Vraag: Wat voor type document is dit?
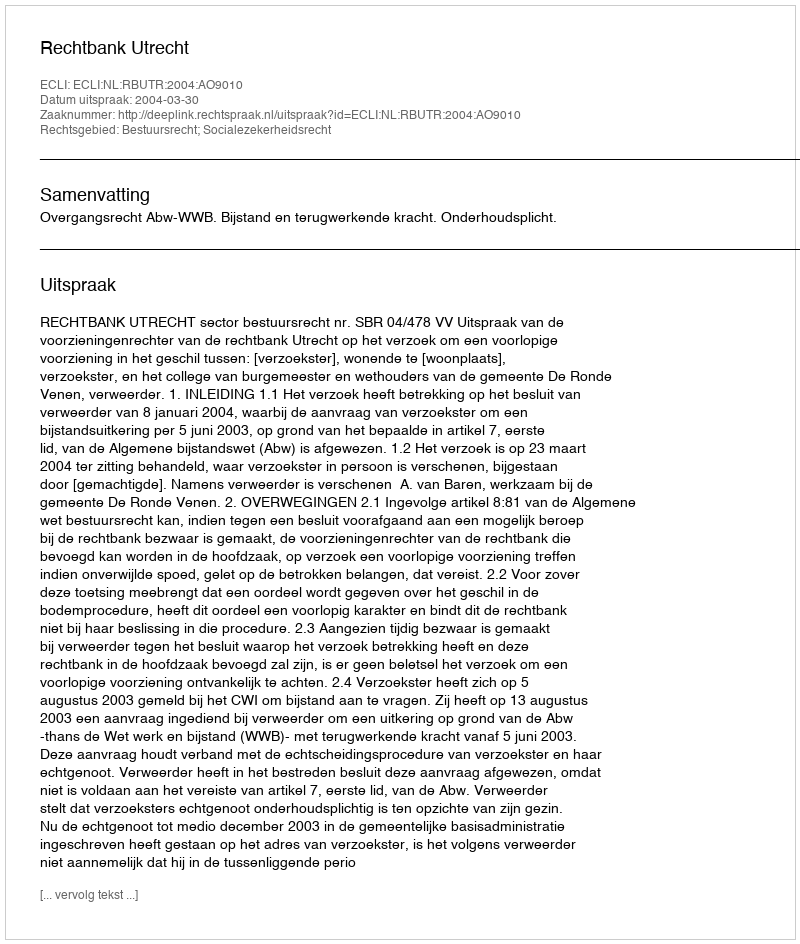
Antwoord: Uitspraak